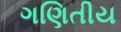
ગણિતીય